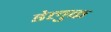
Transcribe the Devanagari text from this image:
डेलुक